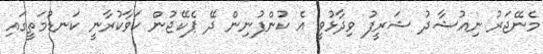
މެނޭޖަރު ނިއުޝާދު ޝަރީފު ވިދާޅުވީ އެ ކުންފުނިން ދޭ ޕެކޭޖުން ކަވާކުރާނީ ކަނޑުމަތީގައި